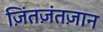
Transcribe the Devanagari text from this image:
ज़िंतज़ंतज़ान